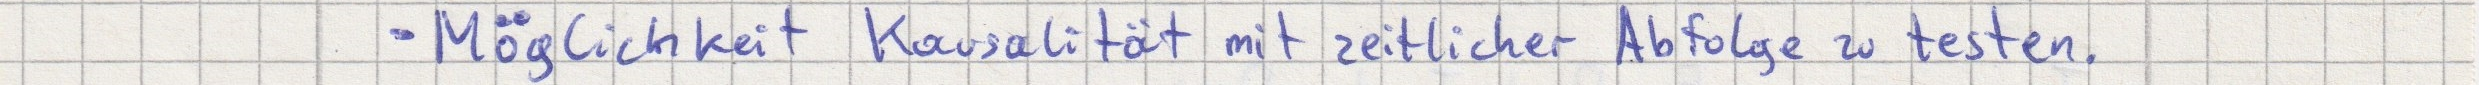
- Möglichkeit Kausalität mit zeitlicher Abfolge zu testen.